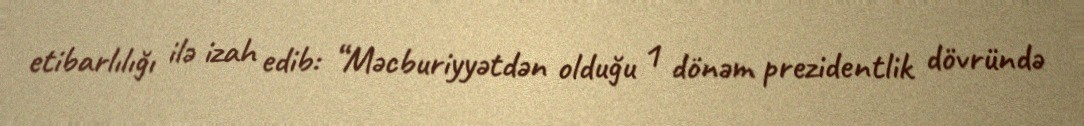
etibarlılığı ilə izah edib: “Məcburiyyətdən olduğu 1 dönəm prezidentlik dövründə